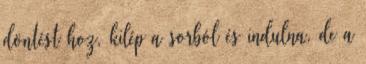
döntést hoz, kilép a sorból és indulna, de a